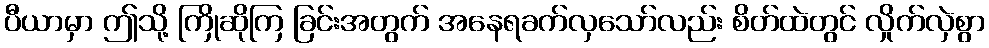
ပီယာမှာ ဤသို့ ကြိုဆိုကြ ခြင်းအတွက် အနေရခက်လှသော်လည်း စိတ်ထဲတွင် လှိုက်လှဲစွာ